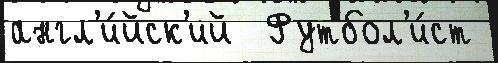
англ'и́йск'ий  Футбол'и́ст